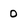
Character: 0